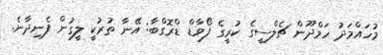
މުހައްމަދު ހަމްދޫން ޗެލްސީގެ ކުރީގެ ފޯވާޑް ޑްރޮގްބާ: އޭނާ ތުރުކީ ލީގުން ފެނިދާނެ.